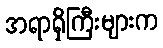
အရာရှိကြီးများက